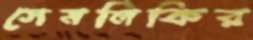
সেমলিকির